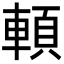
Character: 𩒷